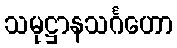
သမုဋ္ဌာနသင်္ဂဟော